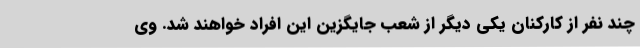
چند نفر از کارکنان یکی دیگر از شعب جایگزین این افراد خواهند شد. وی